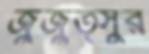
জুজুত্সুর